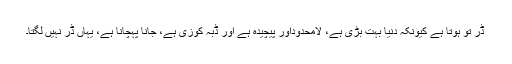
ڈر تو ہوتا ہے کیونکہ دنیا بہت بڑی ہے، لامحدوداور پیچیدہ ہے اور ڈبہ کوزی ہے، جانا پہچانا ہے، یہاں ڈر نہیں لگتا۔